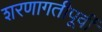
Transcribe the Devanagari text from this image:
शरणागतीपूर्वी